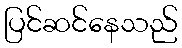
ပြင်ဆင်နေသည်